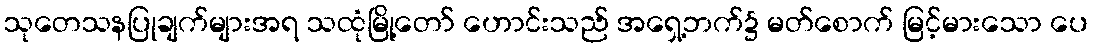
သုတေသနပြုချက်များအရ သထုံမြို့တော် ဟောင်းသည် အရှေ့ဘက်၌ မတ်စောက် မြင့်မားသော ပေ